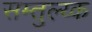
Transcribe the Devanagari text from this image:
सम्तुल्य्क